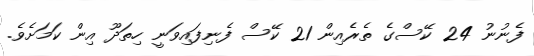
ފެނުނު 24 ކޭސްގެ ތެރެއިން 21 ކޭސް ފެނިފައިވަނީ ހިތަދޫ އިން ކަމަށެވެ.